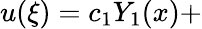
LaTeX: u(\xi)=c_{1}Y_{1}(x)+